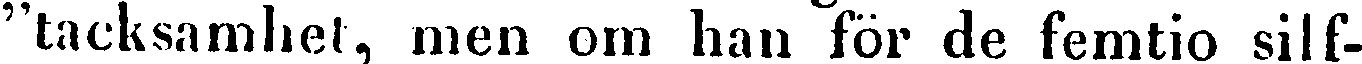
"tacksamhet, men om han för de femtio silf-